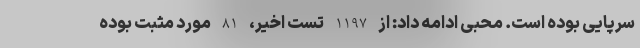
سرپایی بوده است. محبی ادامه داد: از 1197 تست اخیر، 81 مورد مثبت بوده